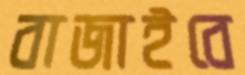
বাজাইবে